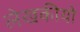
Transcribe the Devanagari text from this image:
लेखकीयो